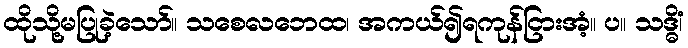
ထိုသို့မပြုခဲ့သော်။ သစေလဘေထ၊ အကယ်၍ရကုန်ငြားအံ့။ ပ။ သဒ္ဓိံ၊